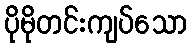
ပိုမိုတင်းကျပ်သော